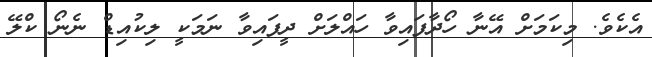
އެކެވެ. މިކަމަށް އޭނާ ހޯދާފައިވާ ހައްލަށް ދީފައިވާ ނަމަކީ ލިކުއިޑް ނެނޯ ކްލޭ